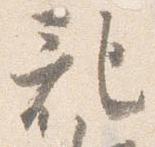
記